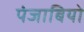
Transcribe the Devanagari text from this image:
पंजाबियो